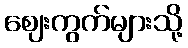
ဈေးကွက်များသို့